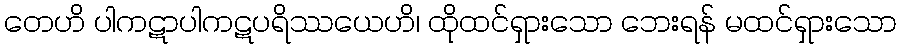
တေဟိ ပါကဋာပါကဋပရိဿယေဟိ၊ ထိုထင်ရှားသော ဘေးရန် မထင်ရှားသော